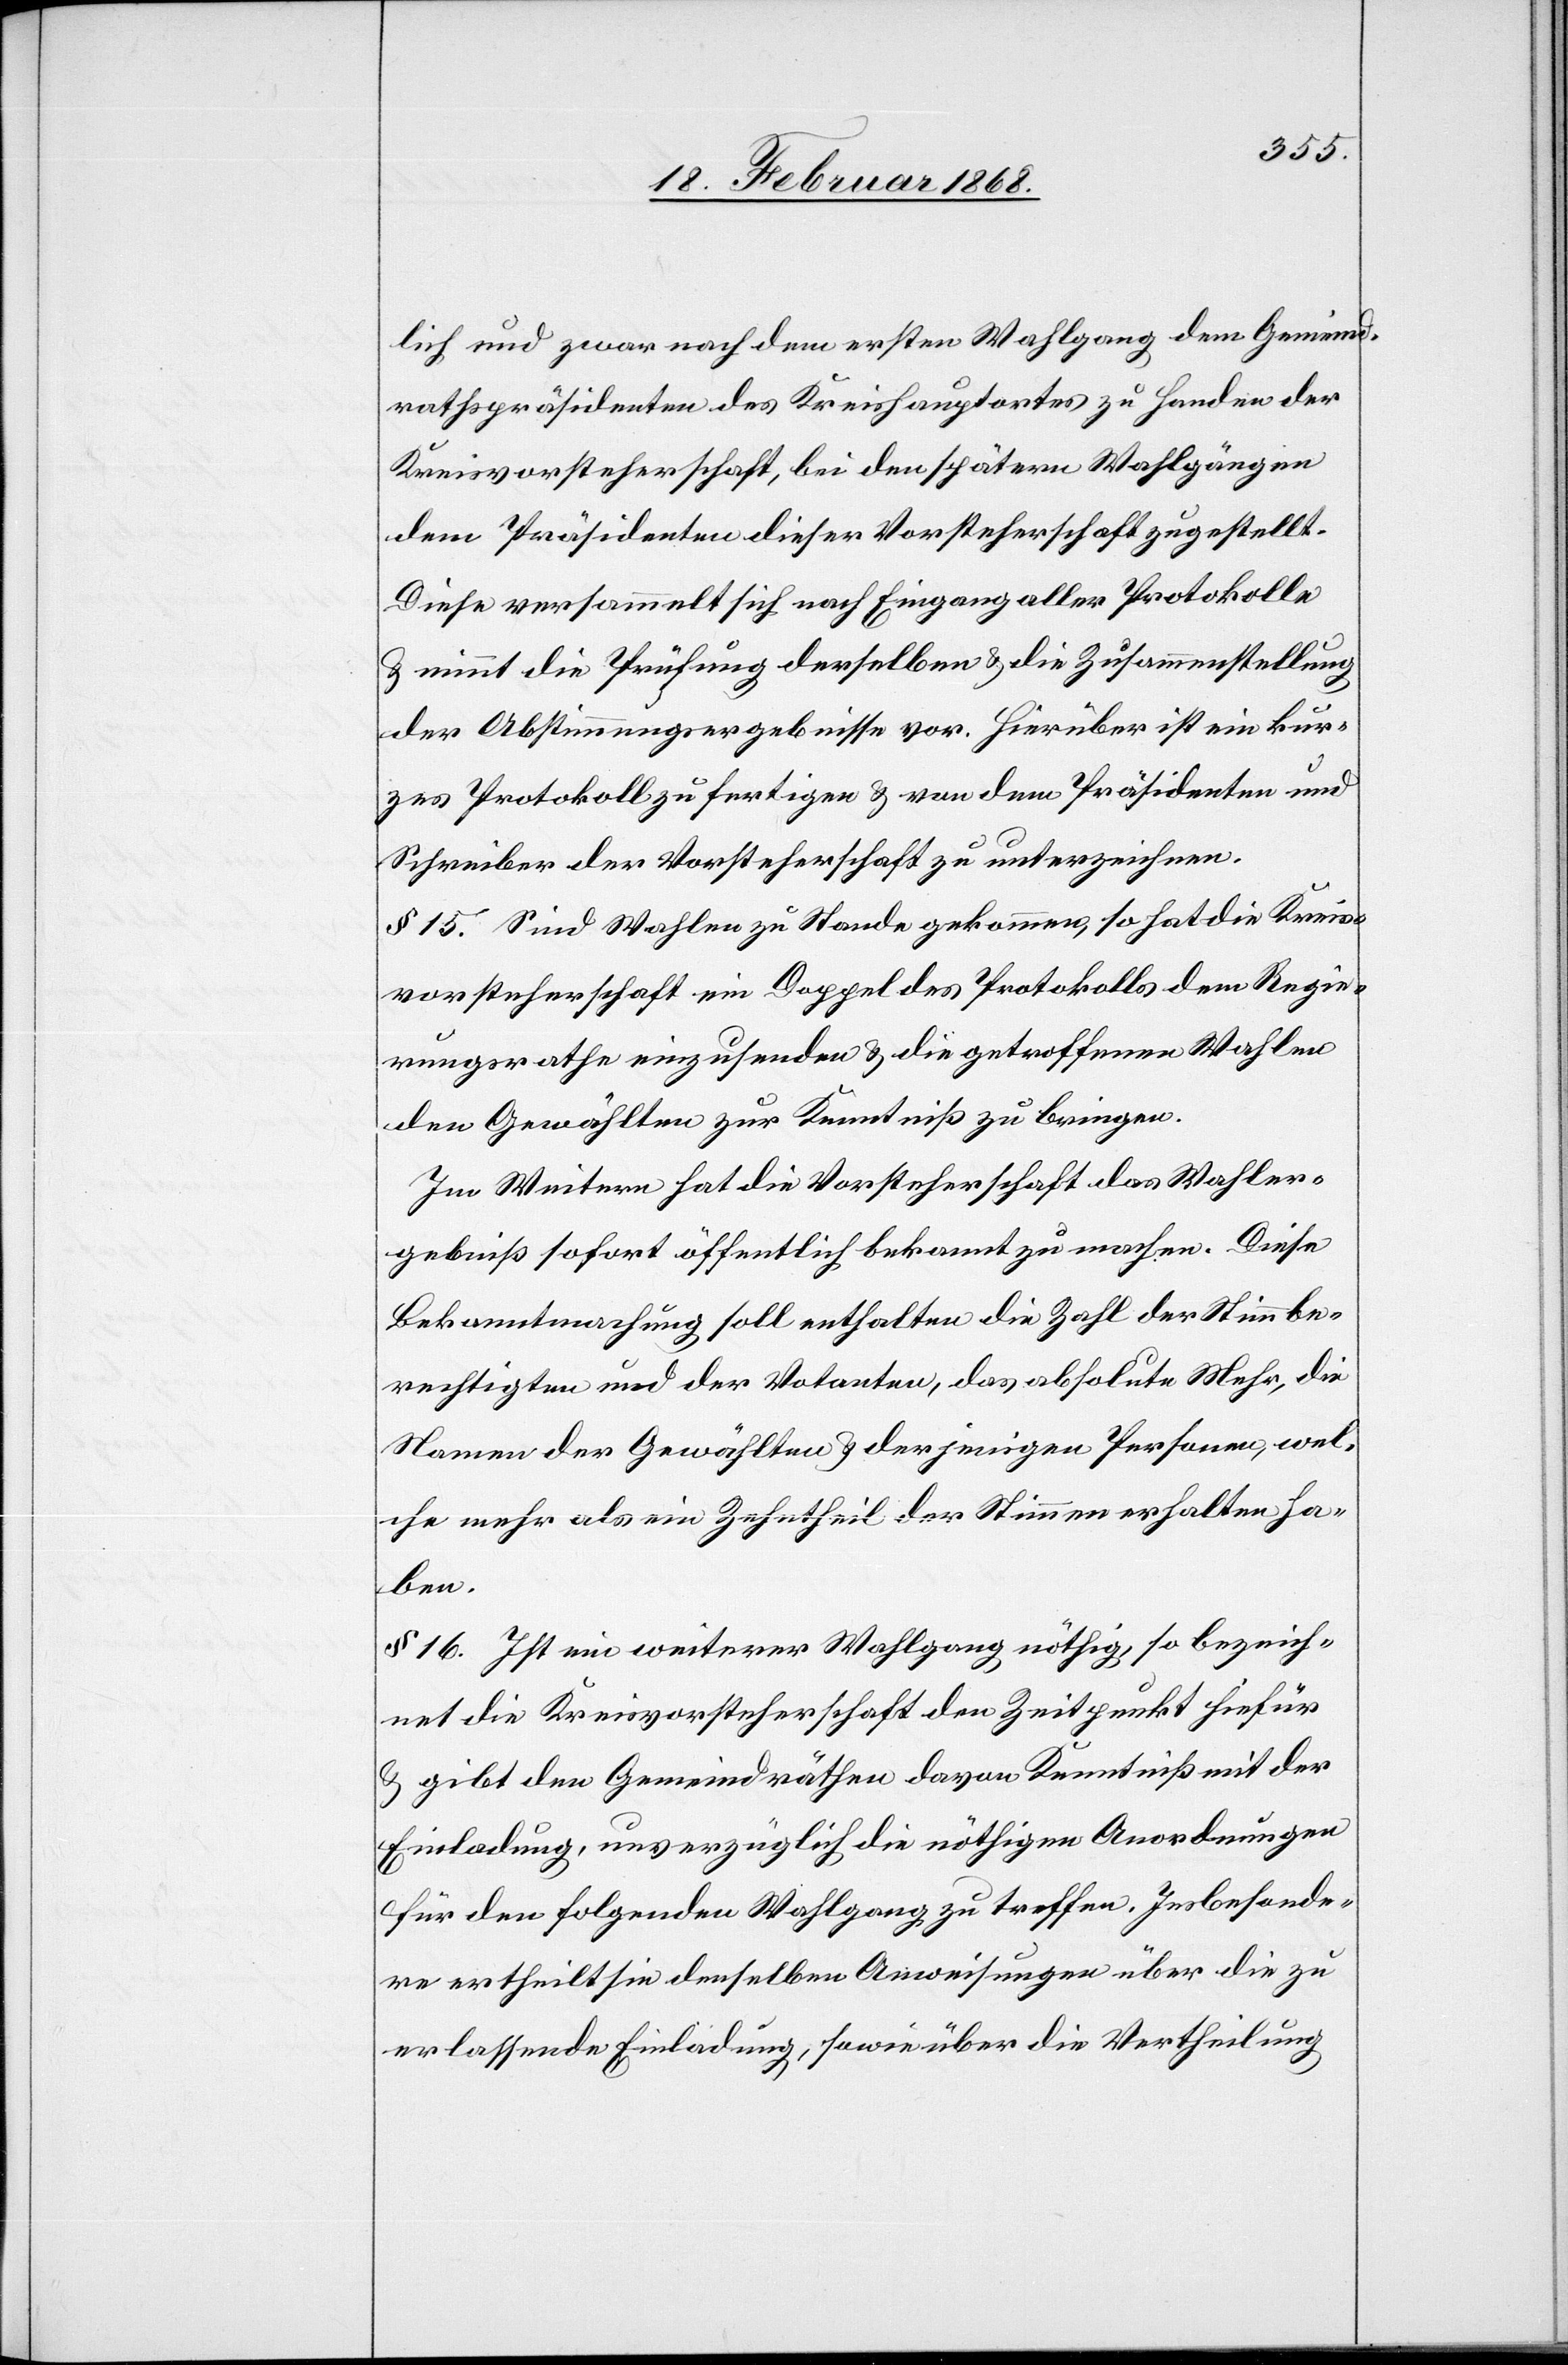
lich und zwar nach dem ersten Wahlgang dem Gemeind¬
rathspräsidenten des Kreishauptortes zu Handen der
Kreisvorsteherschaft, bei den spätern Wahlgängen
dem Präsidenten dieser Vorsteherschaft zugestellt.
Diese versammelt sich nach Eingang aller Protokolle
& nimmt die Prüfung derselben & die Zusammenstellung
der Abstimmungsergebnisse vor. Hierüber ist ein kur¬
zes Protokoll zu fertigen & von dem Präsidenten und
Schreiber der Vorsteherschaft zu unterzeichnen.
§ 15. Sind Wahlen zu Stande gekommen, so hat die Kreis¬
vorsteherschaft ein Doppel des Protokolls dem Regie¬
rungsrathe einzusenden & die getroffenen Wahlen
den Gewählten zur Kenntniß zu bringen.
Im Weitern hat die Vorsteherschaft das Wahler¬
gebniß sofort öffentlich bekannt zu machen. Diese
Bekanntmachung soll enthalten die Zahl der Stimmbe¬
rechtigten und der Votanten, das absolute Mehr, die
Namen der Gewählten & derjenigen Personen, wel¬
che mehr als ein Zehntheil der Stimmen erhalten ha¬
ben.
§ 16. Ist ein weiterer Wahlgang nöthig, so bezeich¬
net die Kreisvorsteherschaft den Zeitpunkt hiefür
& gibt den Gemeindräthen davon Kenntniß mit der
Einladung, unverzüglich die nöthigen Anordnungen
für den folgenden Wahlgang zu treffen. Insbesonde¬
re ertheilt sie denselben Anweisungen über die zu
erlassende Einladung, sowie über die Vertheilung